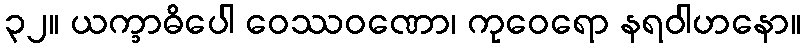
၃၂။ ယက္ခာဓိပေါ ဝေဿဝဏော၊ ကုဝေရော နရဝါဟနော။